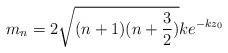
LaTeX: \begin{align*}m_n = 2\sqrt{(n+1)(n+\frac{3}{2})}ke^{-kz_0}\end{align*}